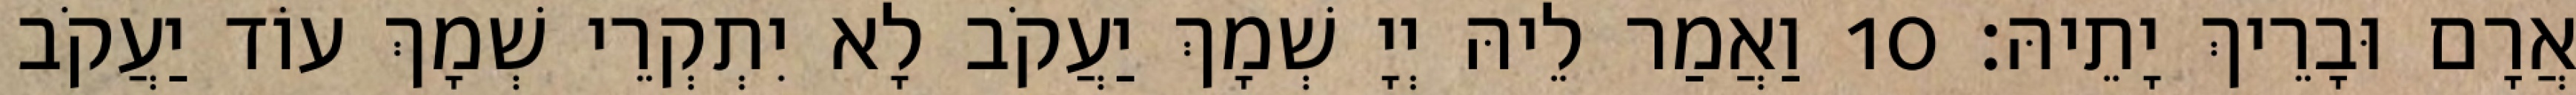
אֲרָם וּבָרֵיךְ יָתֵיהּ׃ 10 וַאֲמַר לֵיהּ יְיָ שְׁמָךְ יַעֲקֹב לָא יִתְקְרֵי שְׁמָךְ עוֹד יַעֲקֹב